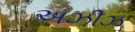
અઝીઝ